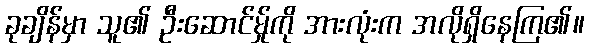
ခုချိန်မှာ သူ၏ ဦးဆောင်မ်ှုကို အားလုံးက အလိုရှိနေကြ၏။